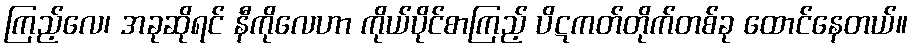
ကြည့်လေ၊ အခုဆိုရင် နီကိုလေဟာ ကိုယ်ပိုင်စာကြည့် ပိဋကတ်တိုက်တစ်ခု ထောင်နေတယ်။